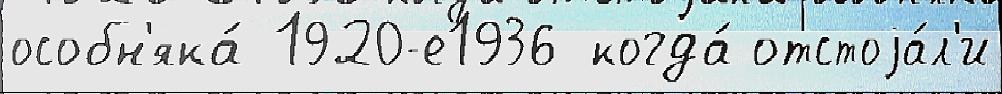
особн'яка́ 1920-е1936 когда́ отстоjа́л'и